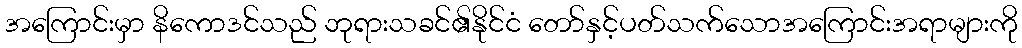
အကြောင်းမှာ နိကောဒင်သည် ဘုရားသခင်၏နိုင်ငံ တော်နှင့်ပတ်သက်သောအကြောင်းအရာများကို